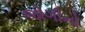
જોગીનો